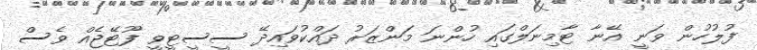
ފުލުހުން ވަނީ އޭނާ ޓާމިނަލްގައި ހުންނަ މަންޒަރު ދައްކުވައިދޭ ސީސީޓީވީ ފޫޓޭޖެއް ވެސް